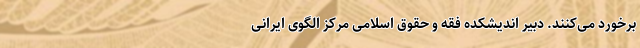
برخورد می‌کنند. دبیر اندیشکده فقه و حقوق اسلامی مرکز الگوی ایرانی